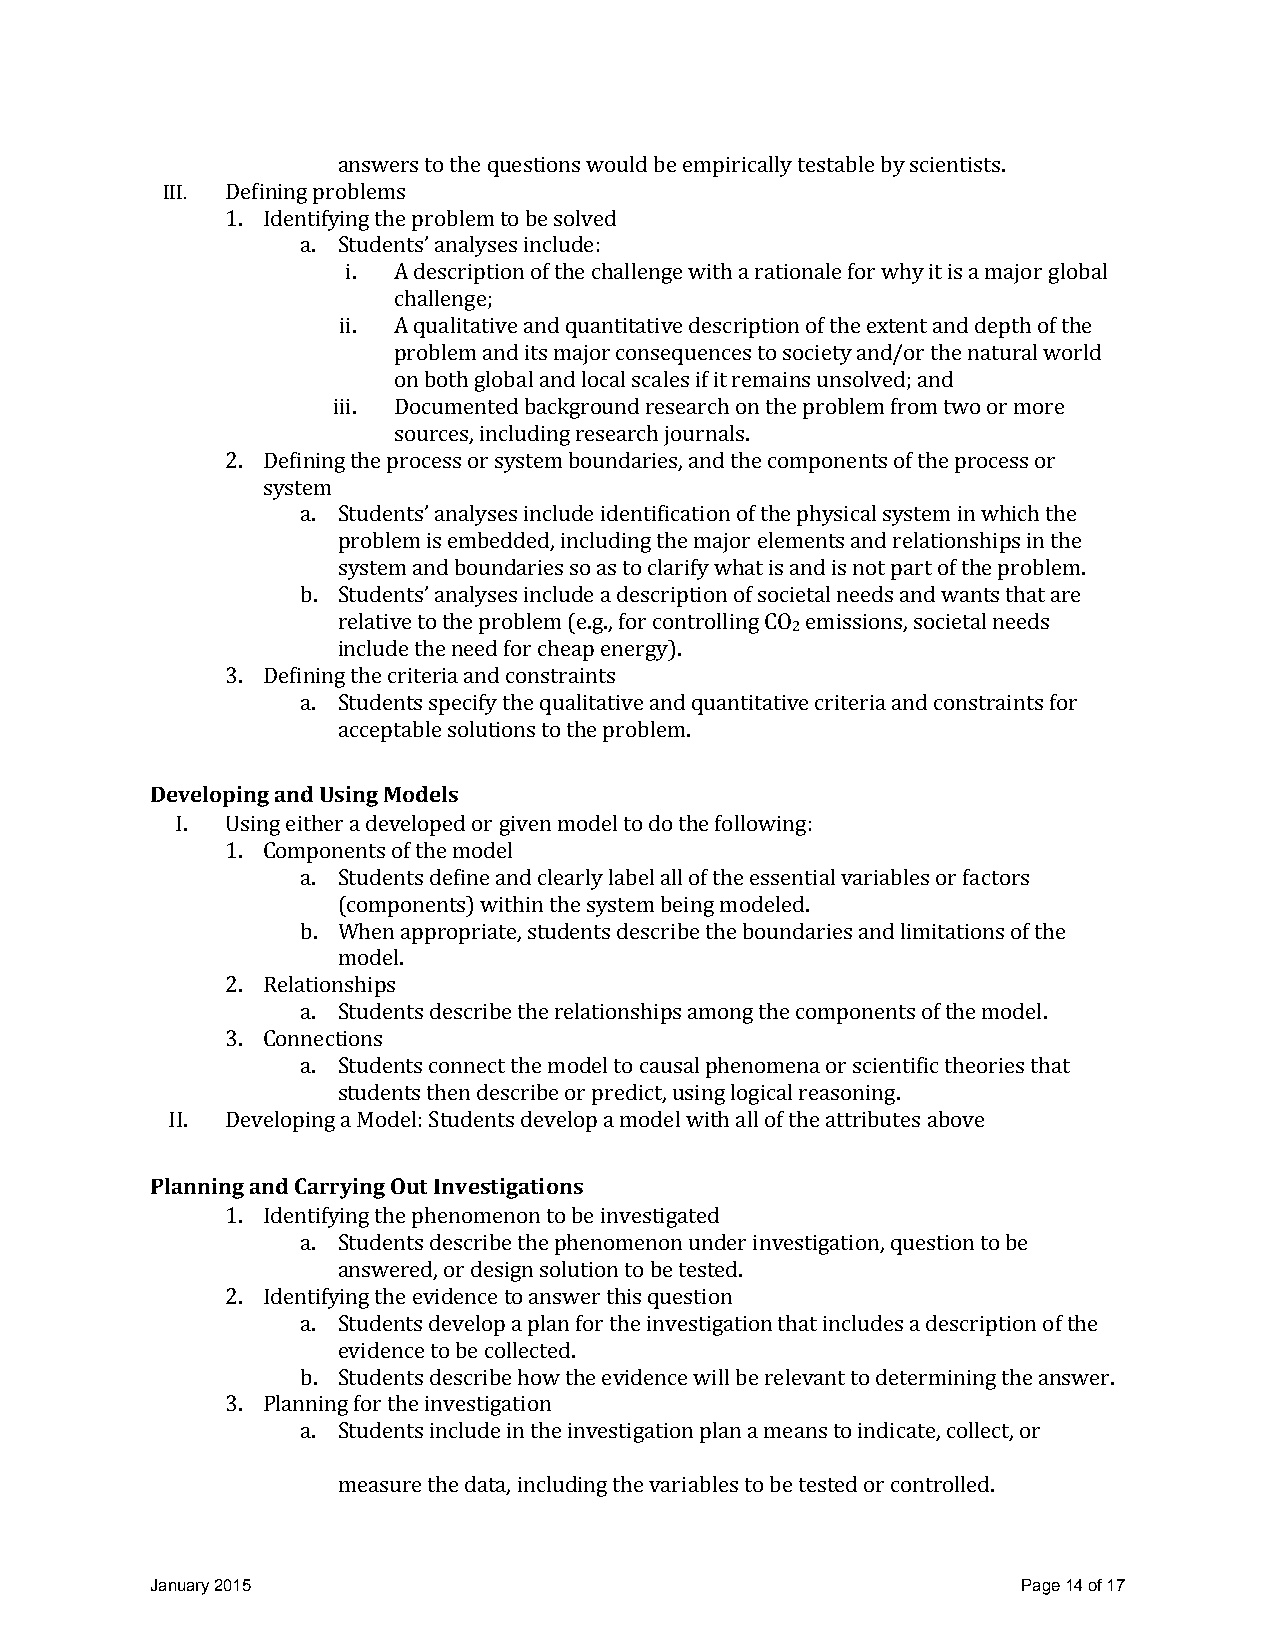
answers to the questions would be empirically testable by scientists.
 III. Defining problems
 1. Identifying the problem to be solved
 a. Students’ analyses include:
 i. A description of the challenge with a rationale for why it is a major global
 challenge;
 ii. A qualitative and quantitative description of the extent and depth of the
 problem and its major consequences to society and/or the natural world
 on both global and local scales if it remains unsolved; and
 iii. Documented background research on the problem from two or more
 sources, including research journals.
 2. Defining the process or system boundaries, and the components of the process or
 system
 a. Students’ analyses include identification of the physical system in which the
 problem is embedded, including the major elements and relationships in the
 system and boundaries so as to clarify what is and is not part of the problem.
 b. Students’ analyses include a description of societal needs and wants that are
 relative to the problem (e.g., for controlling CO emissions, societal needs
 2
 include the need for cheap energy).
 3. Defining the criteria and constraints
 a. Students specify the qualitative and quantitative criteria and constraints for
 acceptable solutions to the problem.
 Developing and Using Models
 I. Using either a developed or given model to do the following:
 1. Components of the model
 a. Students define and clearly label all of the essential variables or factors
 (components) within the system being modeled.
 b. When appropriate, students describe the boundaries and limitations of the
 model.
 2. Relationships
 a. Students describe the relationships among the components of the model.
 3. Connections
 a. Students connect the model to causal phenomena or scientific theories that
 students then describe or predict, using logical reasoning.
 II. Developing a Model: Students develop a model with all of the attributes above
 Planning and Carrying Out Investigations
 1. Identifying the phenomenon to be investigated
 a. Students describe the phenomenon under investigation, question to be
 answered, or design solution to be tested.
 2. Identifying the evidence to answer this question
 a. Students develop a plan for the investigation that includes a description of the
 evidence to be collected.
 b. Students describe how the evidence will be relevant to determining the answer.
 3. Planning for the investigation
 a. Students include in the investigation plan a means to indicate, collect, or
 measure the data, including the variables to be tested or controlled.
 January 2015                                              Page 14 of 17